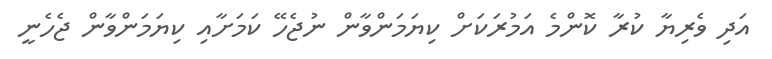
އަދި ވެރިޔާ ކުރާ ކޮންމެ އަމުރަކަށް ކިޔަމަންވާން ނުޖެހޭ ކަމަށާއި ކިޔަމަންވާން ޖެހެނީ